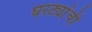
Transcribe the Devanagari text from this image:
घरट्यांची